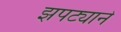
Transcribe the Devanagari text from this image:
झपट्याने